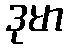
ဒုမာ